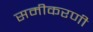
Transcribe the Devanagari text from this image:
समीकरणी